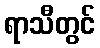
ရာသီတွင်